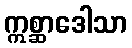
ဣစ္ဆာဒေါသာ